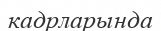
кадрларында